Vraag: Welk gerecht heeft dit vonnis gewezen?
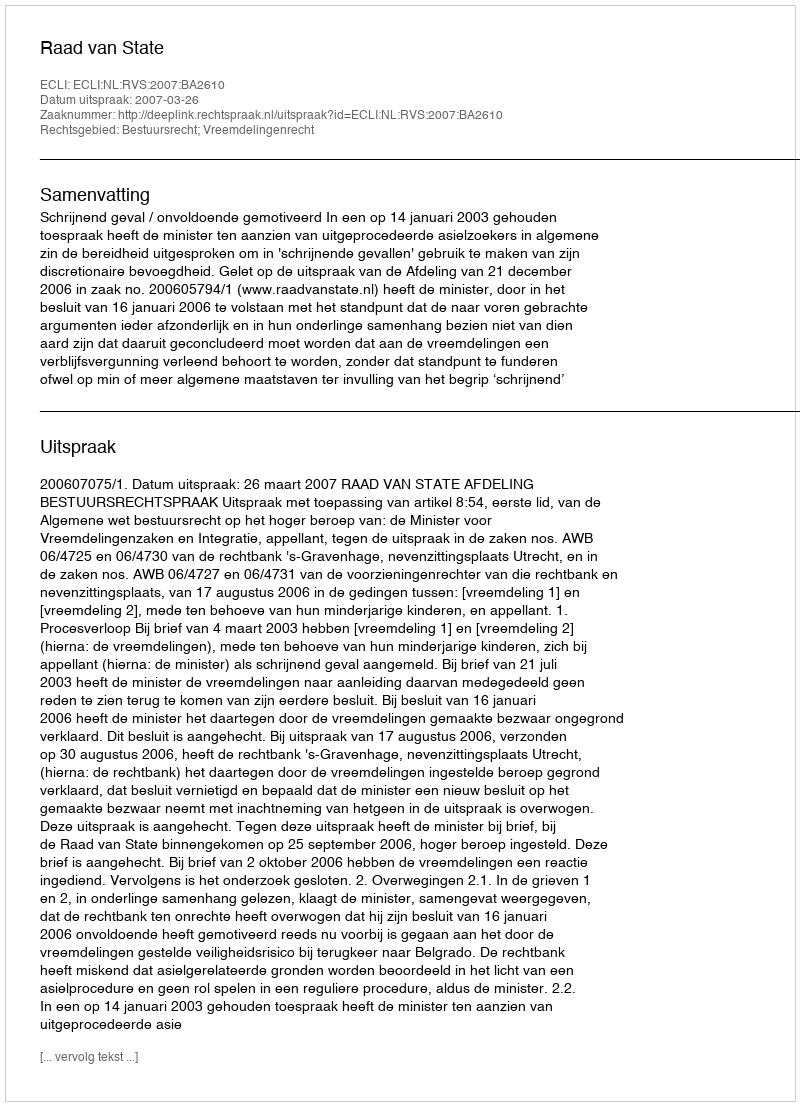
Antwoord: Raad van State